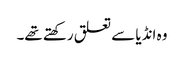
وہ انڈیا سے تعلق رکھتے تھے۔